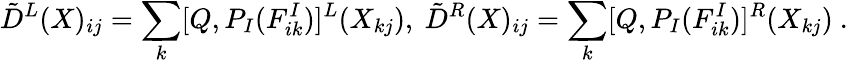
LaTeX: \tilde{D}^{L}(X)_{ij}=\sum_{k}[Q,P_{I}(F_{ik}^{I})]^{L}(X_{kj}),\ \tilde{D}^{R}(X)_{ij}=\sum_{k}[Q,P_{I}(F_{ik}^{I})]^{R}(X_{kj})\ .